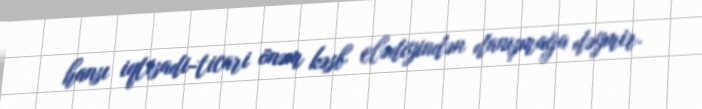
hansı iqtisadi-ticari önəm kəsb elədiyindən danışmağa dəymir.